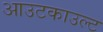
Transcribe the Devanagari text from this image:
आउटकाउल्ट